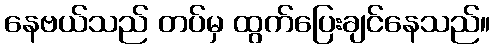
နေဗယ်သည် တပ်မှ ထွက်ပြေးချင်နေသည်။